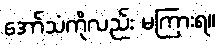
အော်သံကိုလည်း မကြားရ။